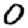
Digit: 0